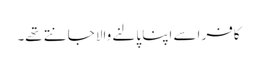
کافر اسے اپنا پالنے والا جانتے تھے۔